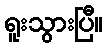
ရူးသွားပြီ။